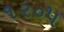
૧૨૦૫